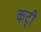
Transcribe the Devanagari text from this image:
कट्री